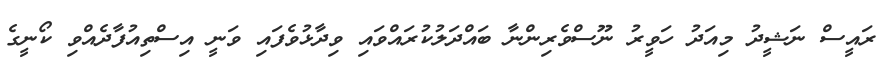
ރައީސް ނަޝީދު މިއަދު ހަވީރު ނޫސްވެރިންނާ ބައްދަލުކުރައްވައި ވިދާޅުވެފައި ވަނީ އިސްތިއުފާދެއްވި ކޯނީގެ